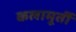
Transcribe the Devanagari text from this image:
कलामूर्ती